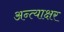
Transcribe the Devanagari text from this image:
अन्त्याक्षर